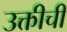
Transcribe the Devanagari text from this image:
उक्तीची